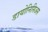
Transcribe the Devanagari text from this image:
डायोनिसिअस